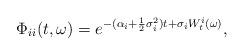
LaTeX: \begin{align*}\Phi_{ii}(t,\omega)=e^{-(\alpha_i+\frac12\sigma_i^2)t+\sigma_iW_t^i(\omega)},\end{align*}